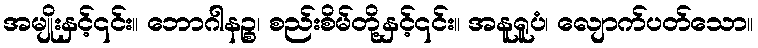
အမျိုးနှင့်၎င်း။ ဘောဂါနဉ္စ၊ စည်းစိမ်တို့နှင့်၎င်း။ အနူရူပံ၊ လျောက်ပတ်သော။